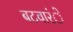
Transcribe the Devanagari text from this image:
बटवारंे